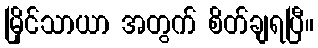
မြိုင်သာယာ အတွက် စိတ်ချရပြီ။